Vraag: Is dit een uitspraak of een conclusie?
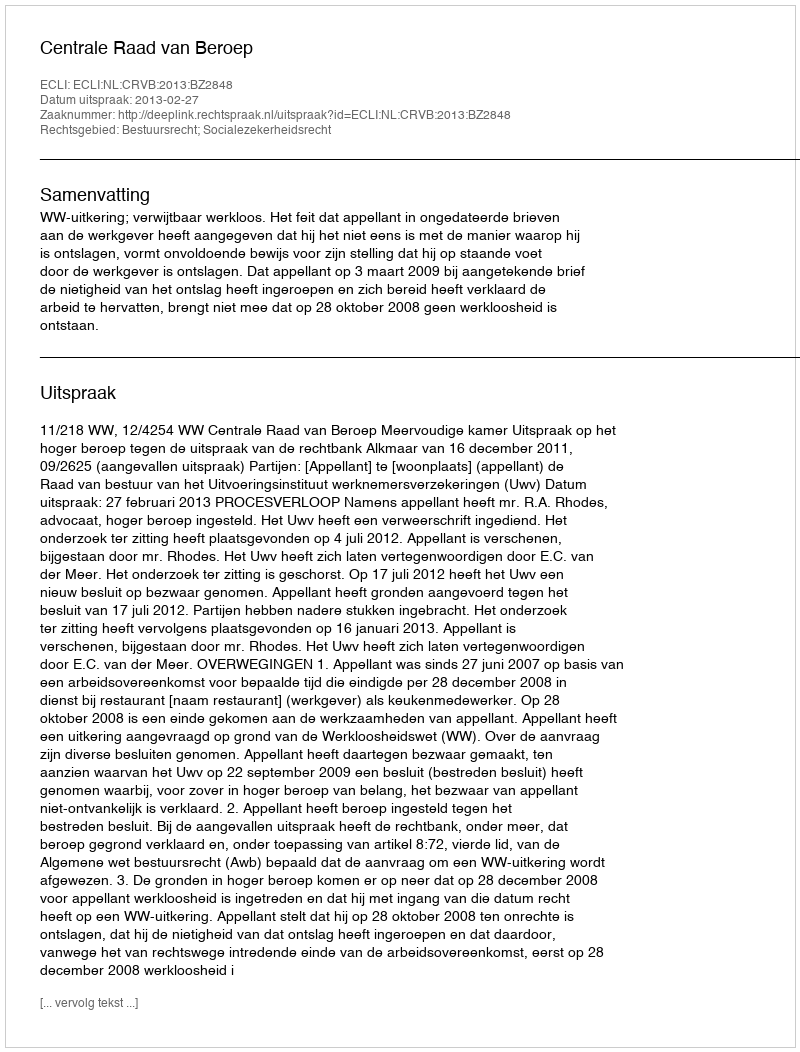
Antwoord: Uitspraak